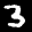
Digit: 3